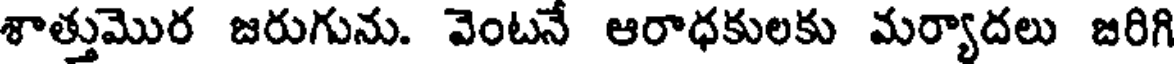
శాత్తుమొర జరుగును. వెంటనే ఆరాధకులకు మర్యాదలు జరిగి